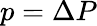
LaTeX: p=\Delta P